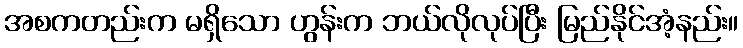
အစကတည်းက မရှိသော ဟွန်းက ဘယ်လိုလုပ်ပြီး မြည်နိုင်အံ့နည်း။